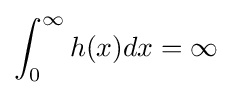
\int _{0}^{\infty }h(x)dx=\infty